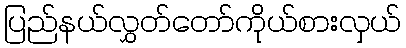
ပြည်နယ်လွှတ်တော်ကိုယ်စားလှယ်